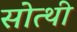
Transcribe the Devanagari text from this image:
सोत्थी